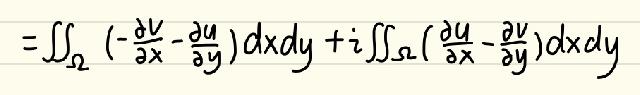
\[ =\iint_{\Omega}\left(-\frac{\partial v}{\partial x}-\frac{\partial u}{\partial y}\right)dxdy + i\iint_{\Omega}\left(\frac{\partial u}{\partial x}-\frac{\partial v}{\partial y}\right)dxdy \]